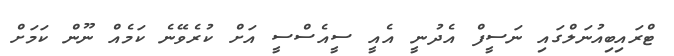
ޓްރައިބިއުނަލްގައި ނަސީފް އެދުނީ އެއީ ސީއެސްސީ އަށް ކުރެވޭނެ ކަމެއް ނޫން ކަމަށް